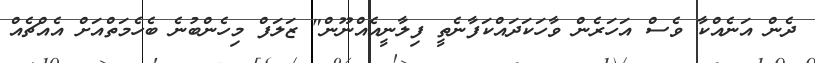
ދެން އަނެއްކާ ވެސް އަހަރެން ވާހަކަދައްކަފާނެތީ ފިލާނީއެއްނޫން" ޒަލަފް މިހެންބުނެ ބެހެމަތްއަށް އެއްޗެއް